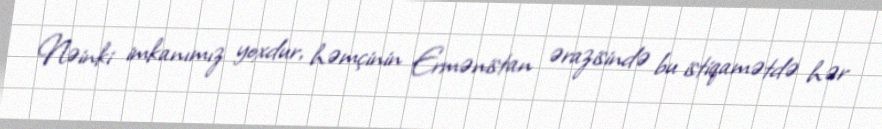
Nəinki imkanımız yoxdur, həmçinin Ermənistan ərazisində bu istiqamətdə hər